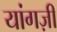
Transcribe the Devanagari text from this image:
यांगज़ी